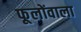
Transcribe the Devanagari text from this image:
फूलोंवाला